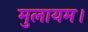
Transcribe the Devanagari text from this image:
मुलायम।